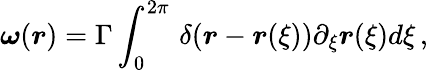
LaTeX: \boldsymbol{\omega}(\boldsymbol{r})=\Gamma\int_{0}^{2\pi}\, \delta(\boldsymbol{r}-\boldsymbol{r}(\xi))\partial_{\xi}{\boldsymbol{r}}(\xi)d\xi\, ,